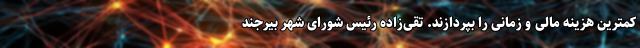
کمترین هزینه مالی و زمانی را بپردازند. تقی‌زاده رئیس شورای شهر بیرجند